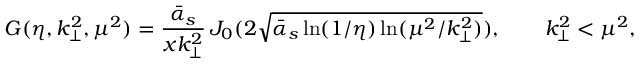
{ \cal G } ( \eta , k _ { \perp } ^ { 2 } , \mu ^ { 2 } ) = \frac { \bar { \alpha } _ { s } } { x k _ { \perp } ^ { 2 } } \, J _ { 0 } ( 2 \sqrt { \bar { \alpha } _ { s } \ln ( 1 / \eta ) \ln ( \mu ^ { 2 } / k _ { \perp } ^ { 2 } ) } ) , \qquad k _ { \perp } ^ { 2 } < \mu ^ { 2 } ,